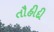
તૌહીદી